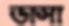
ডাসা